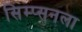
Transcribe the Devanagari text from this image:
सिम्प्सनला